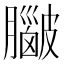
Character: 𥀮